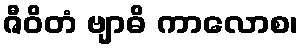
ဇီဝိတံ ဗျာဓိ ကာလောစ၊